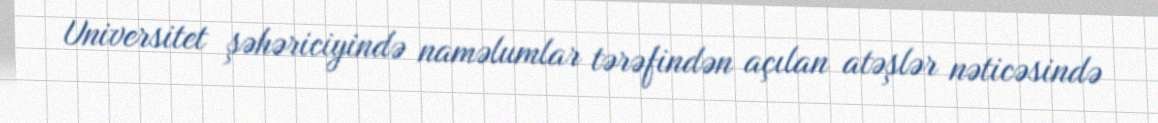
Universitet şəhəriciyində naməlumlar tərəfindən açılan atəşlər nəticəsində